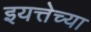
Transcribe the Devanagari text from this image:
इयत्तेच्या